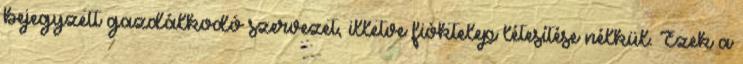
bejegyzett gazdálkodó szervezet, illetve fióktelep létesítése nélkül. Ezek a